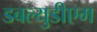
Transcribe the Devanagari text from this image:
डबल्युडीएम